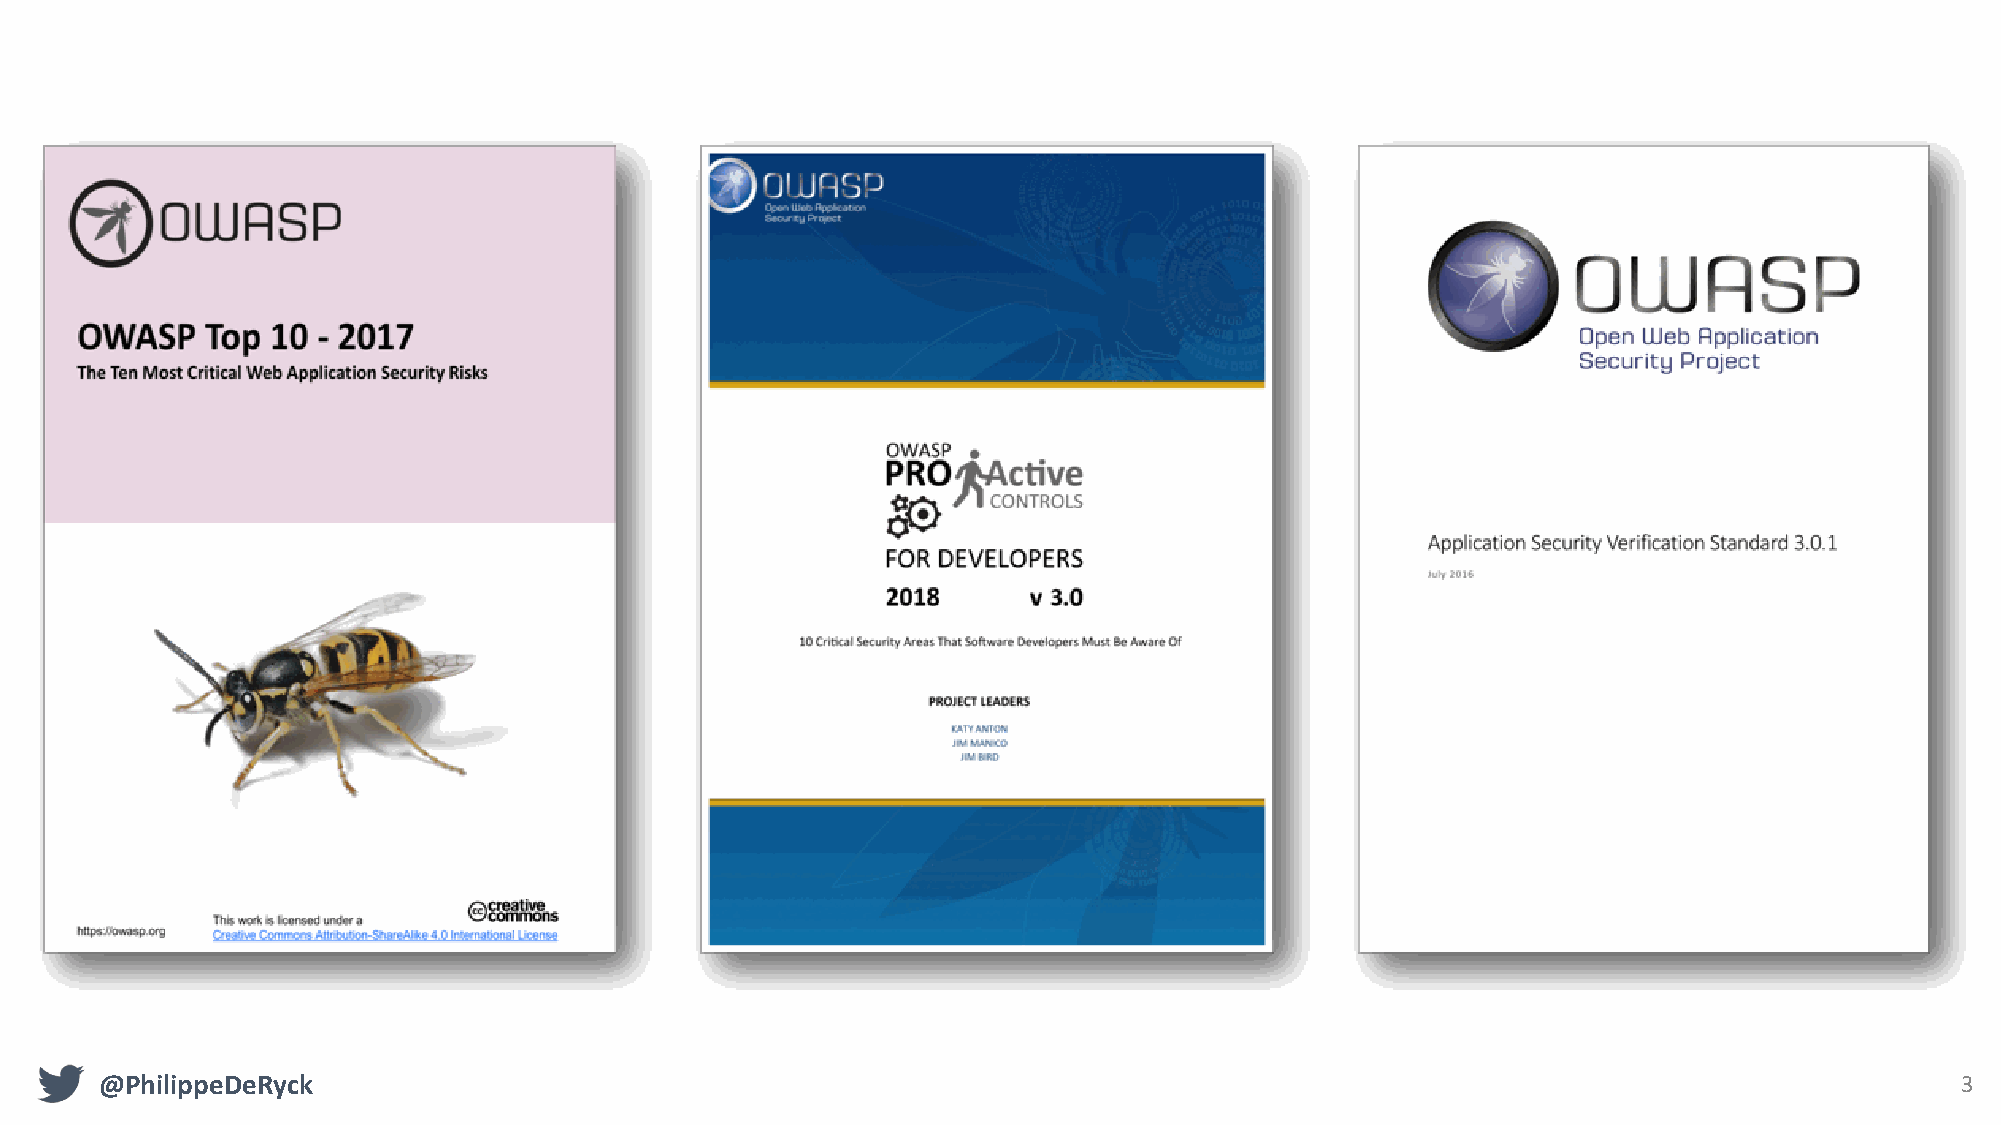
@PhilippeDeRyck                                                                                                            3